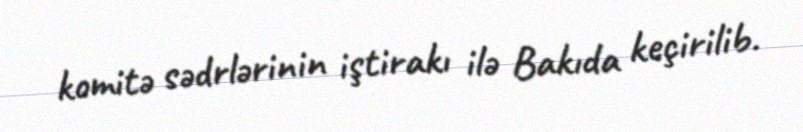
komitə sədrlərinin iştirakı ilə Bakıda keçirilib.